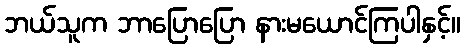
ဘယ်သူက ဘာပြောပြော နားမယောင်ကြပါနှင့်။